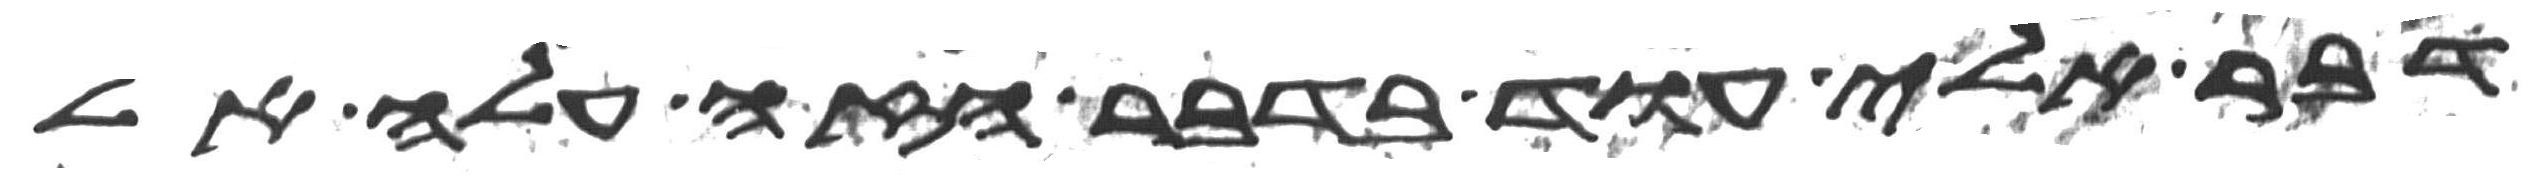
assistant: דבר אלי עוד בדבר הזה עלה אל